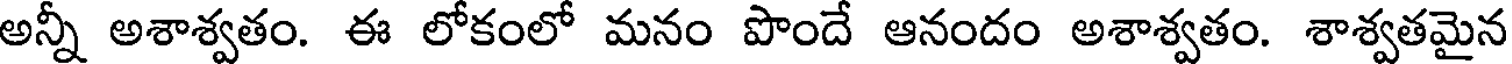
అన్నీ అశాశ్వతం. ఈ లోకంలో మనం పొందే ఆనందం అశాశ్వతం. శాశ్వతమైన